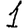
Digit: 1